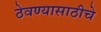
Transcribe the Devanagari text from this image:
ठेवण्यासाठीचे